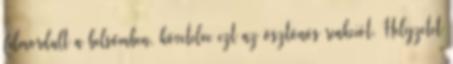
felmordult a belsőmben, követelve ezt az ösztönös reakciót. Helyzetet